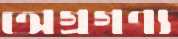
অগ্রগণ্য